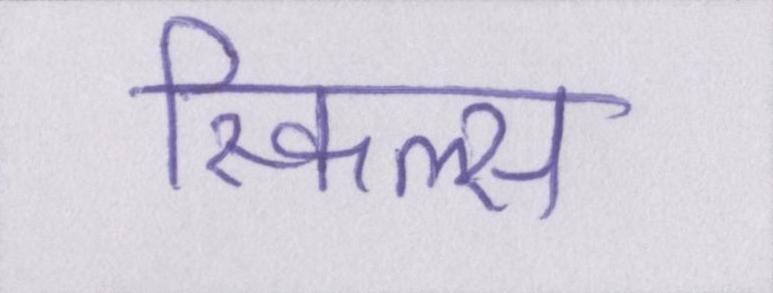
स्किल्स